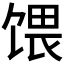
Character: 𫗭